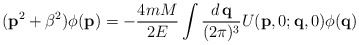
\begin{align*}({\bf p}^2+\beta^2)\phi ({\bf p})=-\frac {4mM}{2E}\int\frac {d\,{\bf q}}{(2\pi )^3}U({\bf p},0;{\bf q},0)\phi ({\bf q})\end{align*}